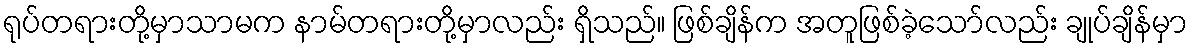
ရုပ်တရားတို့မှာသာမက နာမ်တရားတို့မှာလည်း ရှိသည်။ ဖြစ်ချိန်က အတူဖြစ်ခဲ့သော်လည်း ချုပ်ချိန်မှာ